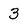
Character: 3